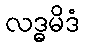
လဒ္ဓမိဒံ